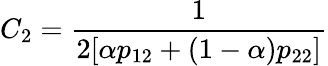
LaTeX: C_{2}=\frac{1}{2[\alpha p_{12}+(1-\alpha)p_{22}]}